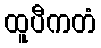
ထူပီကတံ